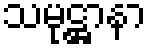
သမုဋ္ဌာနာ